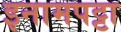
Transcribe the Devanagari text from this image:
इनामपट्टा